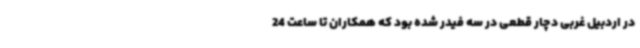
در اردبیل غربی دچار قطعی در سه فیدر شده بود که همکاران تا ساعت 24